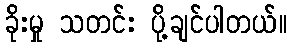
ခိုးမှု သတင်း ပို့ချင်ပါတယ်။